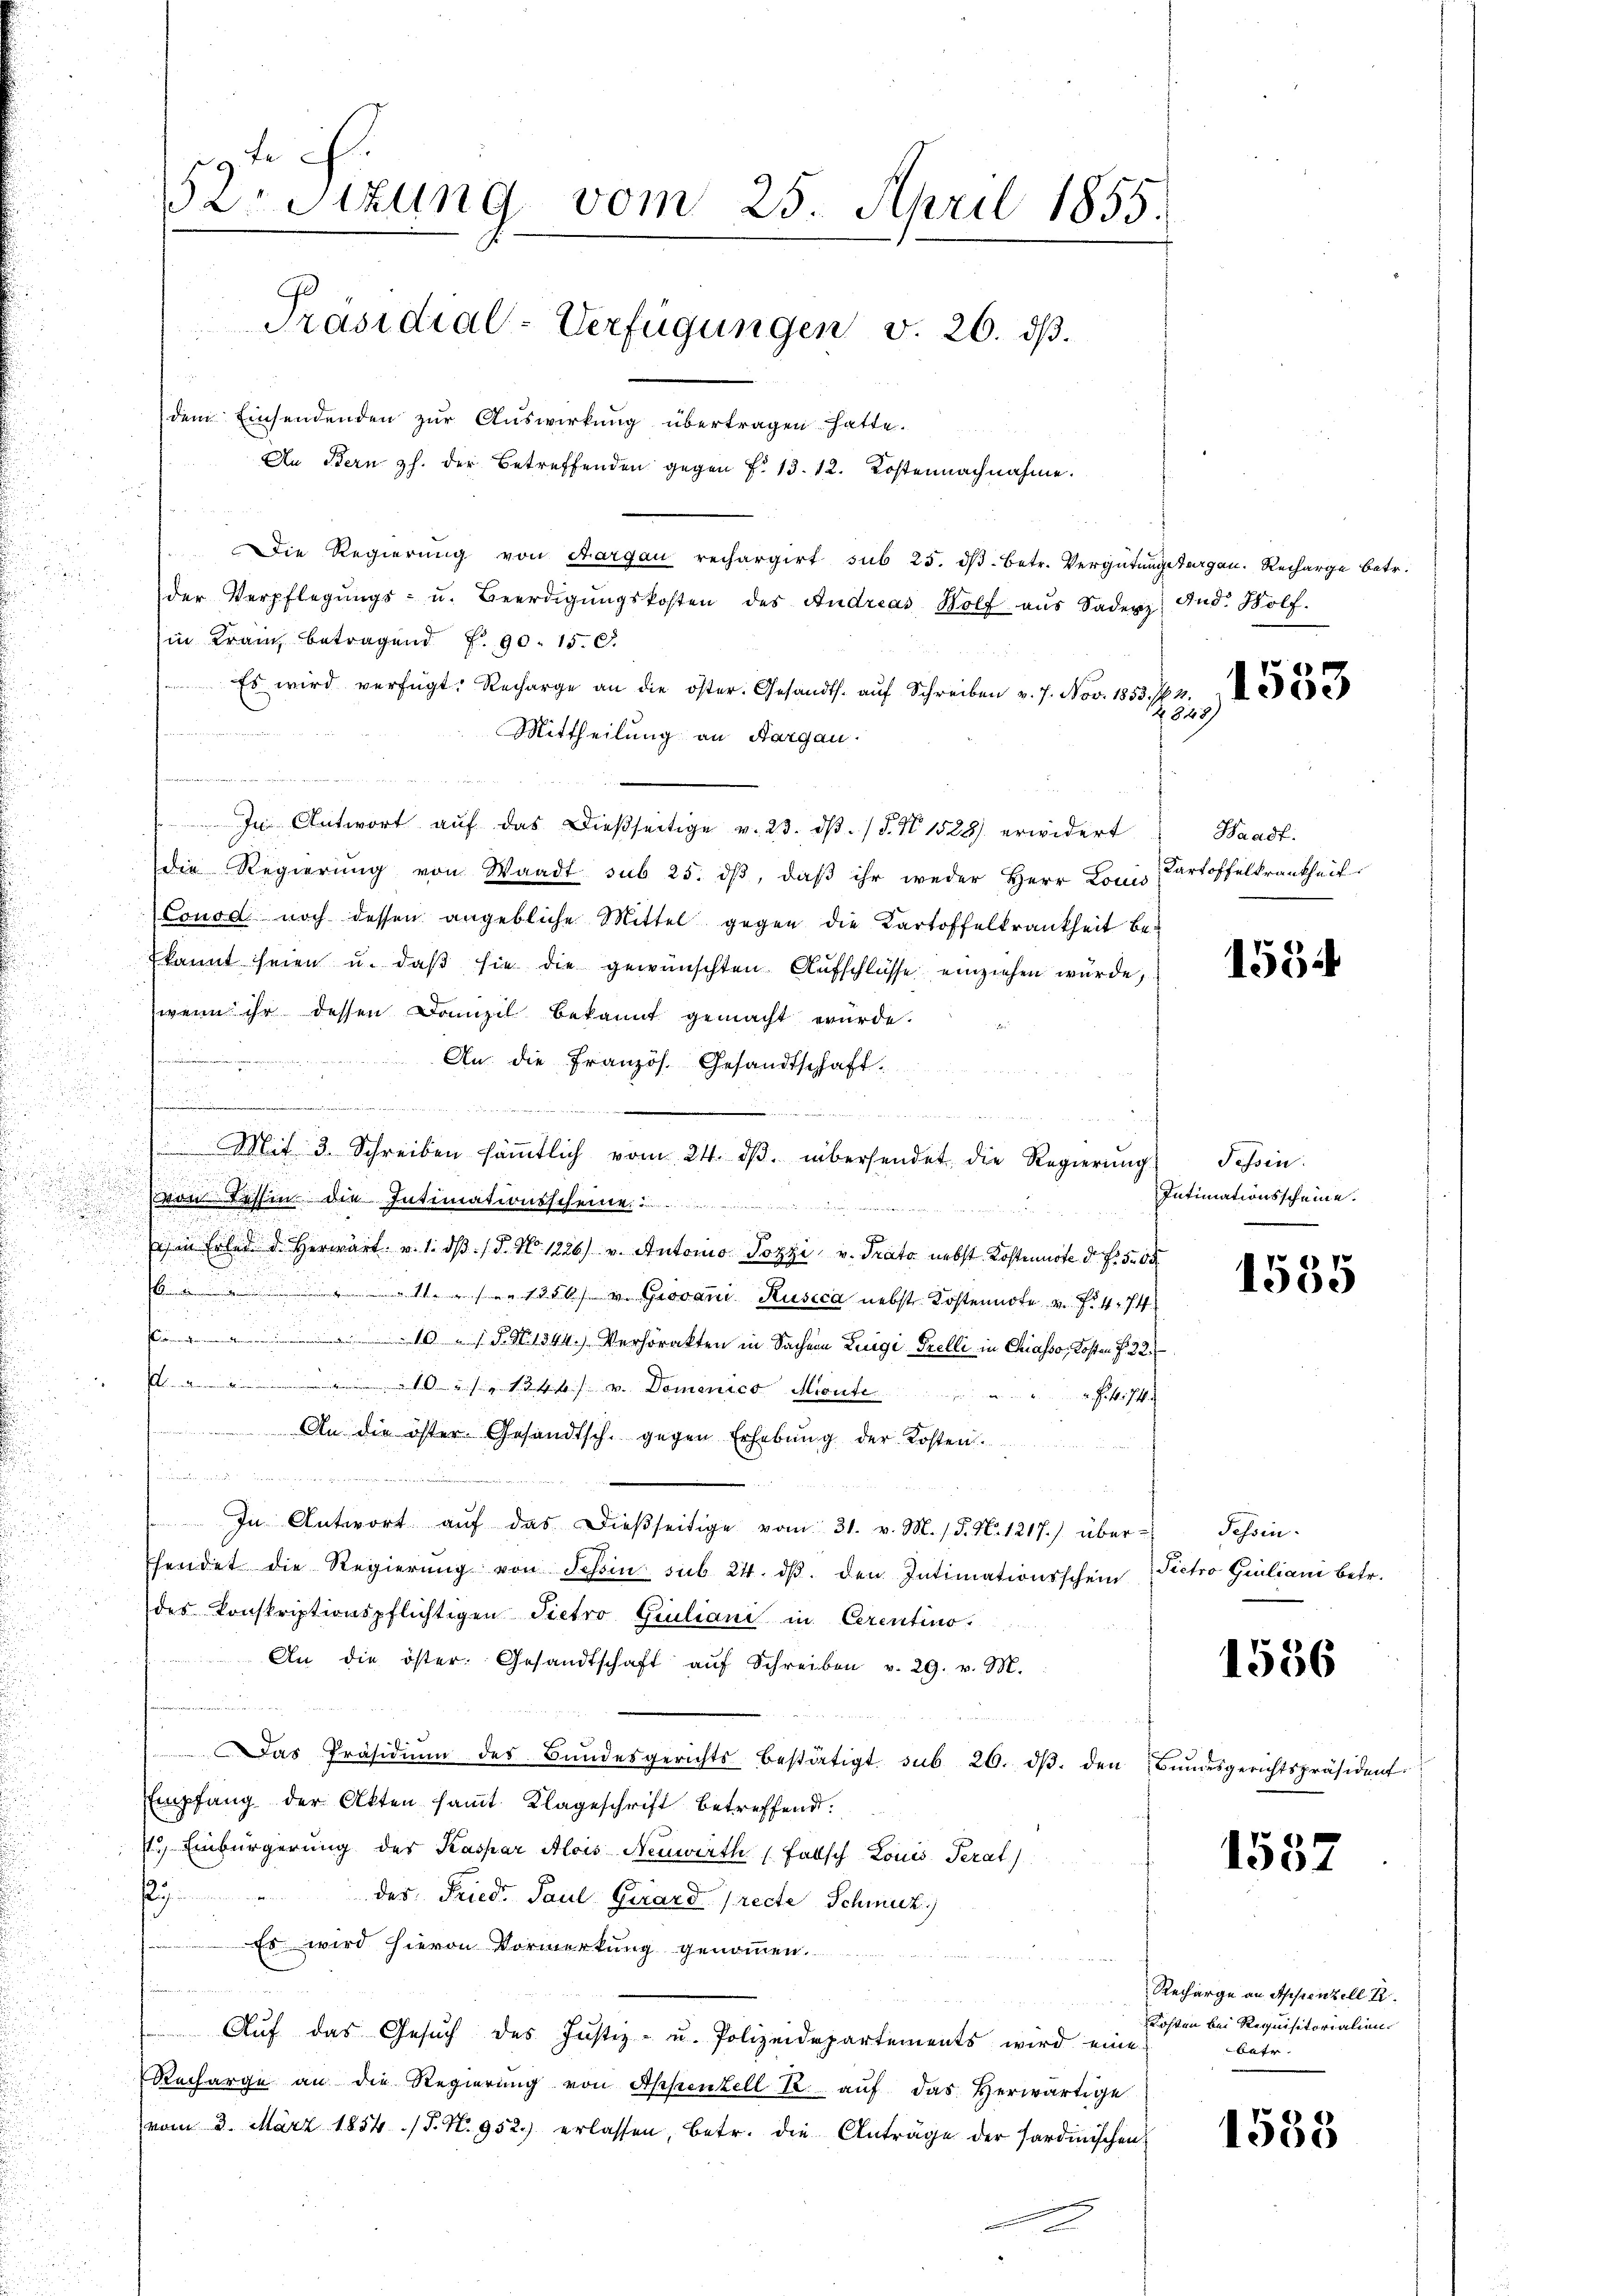
s
h

d

2

Die Regierŭng von Aargau rechargirt sub 25. dβ betr. Vergütungstergan. Recharge betr.
der Verpflegŭngs- u. Beerdigŭngskosten des Andreas Wolf aŭs Sadenz And. Wolf.
in Kranz betragend F. 90. 150.
Es wird verfügt: Recharge an die öster. Gesandts. aŭf Schreiben v. 7. Nov. 1853. 711.
7843)
Mittheilung an Aargau.
.
 Im Antwort aŭf das dießseitige v. 23. dβ. / 5. No 1528 erwidert Waadt.
die Regierŭng von Waadt sub 25. dβ, daβ ihr weder Herr Louis Cartoffelkrankheit
(Lonod noch dessen angebliche Mittel gegen die Kartoffelkrankheit bekannt seien u. daβ sie die gewünschten Aufschlüsse einziehen wurde,
wenn ihr dessen Domizil bekannt gemacht würde.
An die Französ. Gesandtschaft.
un
.
u

n
Mit 3. Schreiben säṁtlich vom 24. dβ. übersendet die Regierŭng
Com Tessin die Intimationsscheine
, in den dem angen am 28 x
h in Erlede d. Herwart v. 1. dβ. / 5. No. 1226) u. Antonio Pozzi v. Prato nebst Kostenste d. d. 5. d
6 " " 11. 1250) u. Giovani Rusica nebst Kostennote u. f. 474

10 / 5. No. 1344.) Verhörakten in Sachen Luigi Grelli in Chiasso, Kosten § 22
d. 10. 1844 v. Domenico Lieute
 Fr. 74.
 An die öster Gesandtsch. gegen Erhebung der Kosten.
d   enden immer mir die
In Antwort aŭf das dieβseitige vom 31. v. M. 18. No. 1217.) über - Schein-
hendet die Regierŭng von Schin sub 24. dβ. den Intimationsschein
des konskriptionspflichtigen Pietro Giuliani in Cerentino.
An die öster. Gesandtschaft aŭf Schreiben v. 29. v. M.
 1
Das Präsidiŭm des Bŭndesgerichts bestätigt sub 26. dβ. den Bŭndesgerichtspräsident:
Empfang der Akten samt Klageschrift betreffend.
1.) Einbürgerung des Kaspar Alois Neuwirth (Fallsch Louis Perat
u " der Fried. Paul Girard [recte Schmuck
Es wird hievon Vormerkung genommen.
.
Aŭf das Gesŭch des Justiz- u. Polizeidepartements wird eine
Recharge an die Regierŭng von Appenzell R. aŭf das herwärtige
vom 3. März 1854 /T. N. 952.) erlassen, betr. die Anträge der Sardinischen

t c.
152. Sitzung vom 25. April 1855.
Präsidial-Verfügungen v. 26. dβ.
dem Einsendenden zur Auswirkung übertragen hatte.
An Bern z. der Betreffenden gegen f. 13. 12. Kostennachnahme.

1553

1554

Tessin.
Intimationsscheine.

1535

Pictro Giuliani betr.

1556

1532

Recharge an Appenzell A.
Kosten bei Requisitorialien
betr.

1588